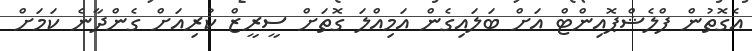
އެގޮތުން ފްލެޝްޕޮއިންޓް އަށް ބަލައިގެން އަމިއްލަ ގޮތަށް ސީރީޒް ކުރިއަށް ގެންދާނެ ކަމަށް